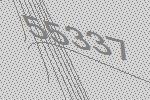
55337